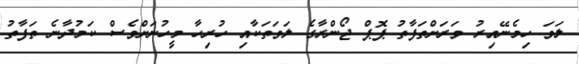
ލަވަ ހިމެނޭއިރު ވަރަށްތަފާތު ޕޮޕް ޖޯންރާގެ ލަވަތަކާއި ހުރިހާ މީހުނަށްވެސް ކަމުދާނެ ތަފާތު